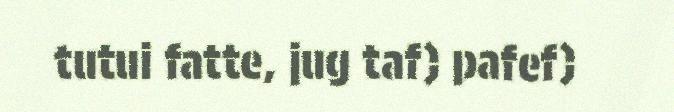
tutui fatte, jug taf) pafef)